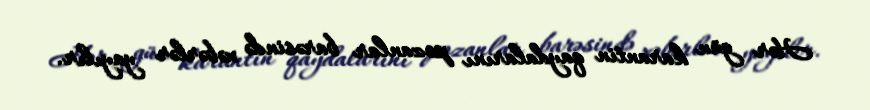
Hər gün karantin qaydalarını pozanlar barəsində xəbərlər yayılır.